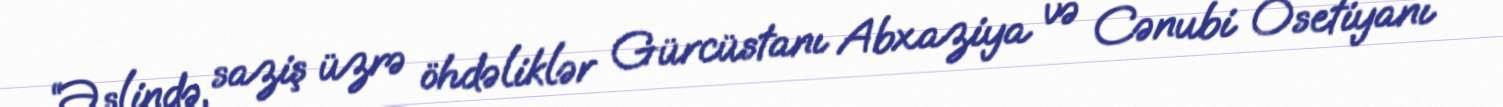
“Əslində, saziş üzrə öhdəliklər Gürcüstanı Abxaziya və Cənubi Osetiyanı